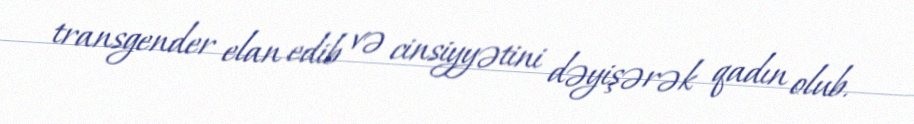
transgender elan edib və cinsiyyətini dəyişərək qadın olub.